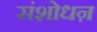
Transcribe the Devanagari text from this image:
संशोधऩ